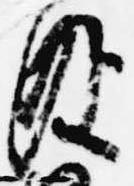
及